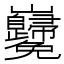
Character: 𡿢